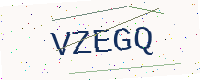
Text: VZEGQ